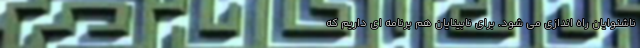
ناشنوایان راه اندازی می شود. برای نابینایان هم برنامه ای داریم که